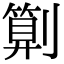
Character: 㔍